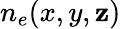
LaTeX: n_{e}(x,y,\mathbf{z})